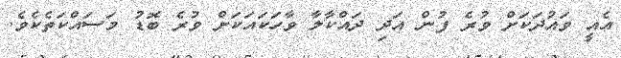
އެއީ ވައުދަކަށް ވުރެ ފުން އަދި ދައްކާލާ ވާހަކައަކަށް ވުރެ ބޮޑު މަސައްކަތެކެވެ.